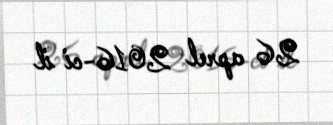
26 aprel 2016-ci il